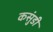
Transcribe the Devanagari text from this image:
कसुंडी